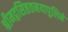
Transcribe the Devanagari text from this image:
श्रीमद्वसिष्ठतनयापुलिने